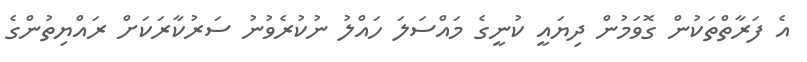
އެ ފަރާތްތަކުން ގޮވަމުން ދިޔައީ ކުނީގެ މައްސަލަ ހައްލު ނުކުރެވުނު ސަރުކާރަކަށް ރައްޔިތުންގެ